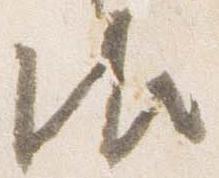
御